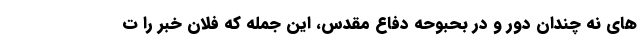
های نه چندان دور و در بحبوحه دفاع مقدس، این جمله که فلان خبر را ت